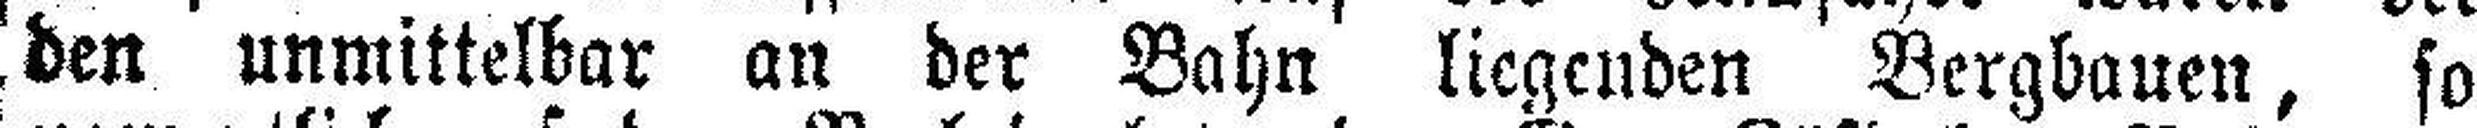
den unmittelbar an der Bahn liegenden Bergbauen, so